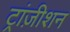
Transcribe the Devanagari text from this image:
ट्रांज़ीशन